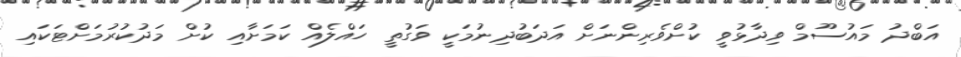
އަބްދު މައުސޫމް ވިދާޅުވީ ކުށްވެރިންނަށް އަދަބުދިނުމަކީ ވަގުތީ ހައްލެއް ކަމަށާއި ކުށް މަދުކުރުމަށްޓަކައި